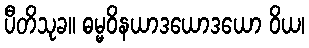
ပီတိသုခ။ ဓမ္မဝိနယာဒယောဒယော ဝိယ၊